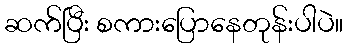
ဆက်ပြီး စကားပြောနေတုန်းပါပဲ။